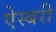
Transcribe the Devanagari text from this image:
ऐस्बरी